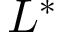
L ^ { * }